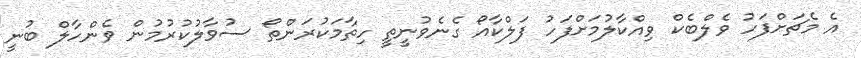
އެ މެޗަށްފަހު ވެލްބެކް ވިއްކާލުމަށްފަހު ފަލްކާއޯ ގެނެވުނީތީ ހިތާމަކުރަންތޯ ސުވާލުކުރުމުން ވެންހާލް ބުނީ